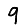
Digit: 9